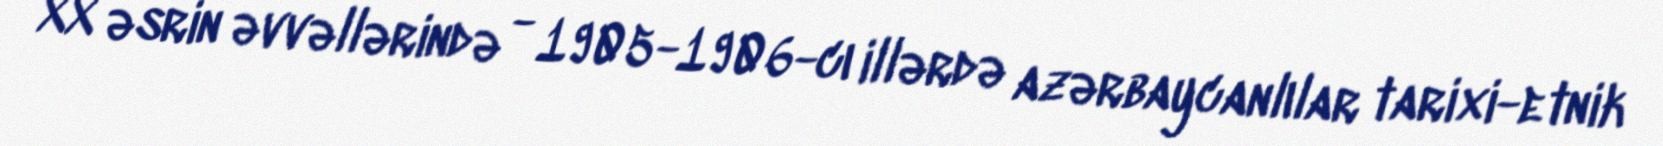
XX əsrin əvvəllərində - 1905-1906-cı illərdə azərbaycanlılar tarixi-etnik